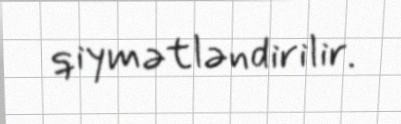
qiymətləndirilir.